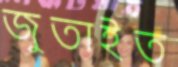
জুতাইত